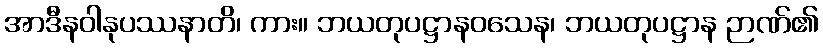
အာဒီနဝါနုပဿနာတိ၊ ကား။ ဘယတုပဋ္ဌာနဝသေန၊ ဘယတုပဋ္ဌာန ဉာဏ်၏